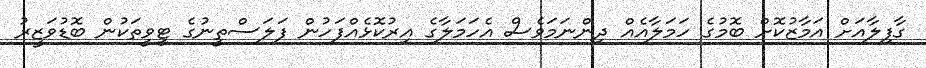
ގާފިލާއަށް އަމާޒުކޮށް ބޮމުގެ ހަމަލާއެއް ދިންނަމަވެސް އެހަމަލާގެ އިރުކޮޅެއްފަހުން ފަލަސްތީނުގެ ޓީވީތަކުން ބޮޑުވަޒީރު